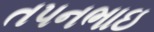
તપનભાઇ